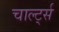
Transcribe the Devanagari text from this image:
चार्ल्ट्स